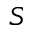
S